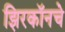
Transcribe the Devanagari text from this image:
झिरकॉनचे